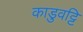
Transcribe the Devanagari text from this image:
काडुवट्टि